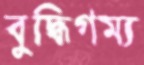
বুদ্ধিগম্য